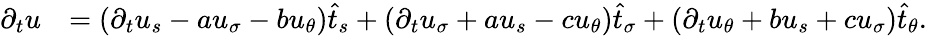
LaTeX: \begin{array}{rl}{\partial_{t}u}&{=\left(\partial_{t}u_{s}-au_{\sigma}-bu_{\theta}\right)\widehat{t}_{s}+\left(\partial_{t}u_{\sigma}+au_{s}-cu_{\theta}\right)\widehat{t}_{\sigma}+\left(\partial_{t}u_{\theta}+bu_{s}+cu_{\sigma}\right)\widehat{t}_{\theta}.}\end{array}